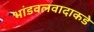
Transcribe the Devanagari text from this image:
भांडवलवादाकडे